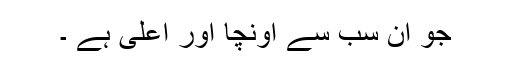
جو ان سب سے اونچا اور اعلیٰ ہے ۔